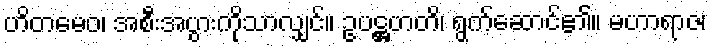
ဟိတမေဝ၊ အစီးအပွားကိုသာလျှင်။ ဥပဋ္ဌဟတိ၊ ရွက်ဆောင်၏။ မဟာရာဇ၊